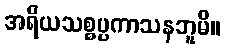
အရိယသစ္စပ္ပကာသနဘူမိ။